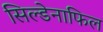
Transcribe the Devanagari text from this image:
सिल्डेनाफिल